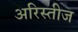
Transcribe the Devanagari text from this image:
अरिस्तीज